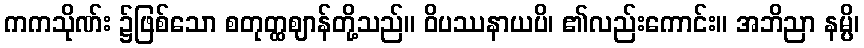
ကကသိုဏ်း ၌ဖြစ်သော စတုတ္ထဈာန်တို့သည်။ ဝိပဿနာယပိ၊ ၏လည်းကောင်း။ အဘိညာ နမ္ပိ၊